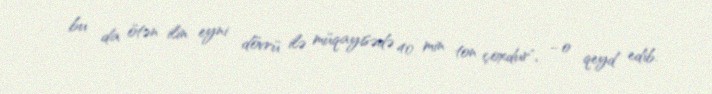
bu da ötən ilin eyni dövrü ilə müqayisədə 40 min ton çoxdur", - o qeyd edib.